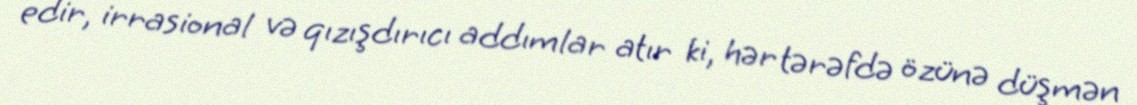
edir, irrasional və qızışdırıcı addımlar atır ki, hər tərəfdə özünə düşmən